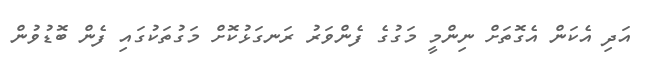
އަދި އެކަން އެގޮތަށް ނިންމީ މަގުގެ ފެންވަރު ރަނގަޅުކޮށް މަގުތަކުގައި ފެން ބޮޑުވުން